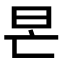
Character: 𣅖